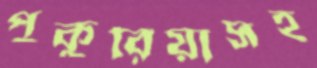
পুকুরিয়াসহ